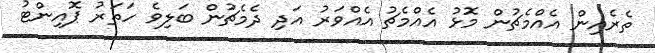
ތެރެއިން އެއްމެޗުން މޮޅު އެއްމެޗު އެއްވަރު އަދި ދެމެޗުން ބަލިވެ ހަތަރު ޕޮއިންޓު